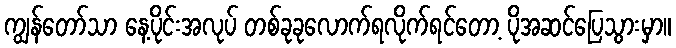
ကျွန်တော်သာ နေ့ပိုင်းအလုပ် တစ်ခုခုလောက်ရလိုက်ရင်တော့ ပိုအဆင်ပြေသွားမှာ။